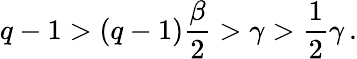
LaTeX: q-1>(q-1)\frac{\beta}{2}>\gamma>\frac 12\gamma\, .